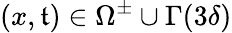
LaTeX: (x,\mathfrak{t})\in\Omega^{\pm}\cup\Gamma(3\delta)